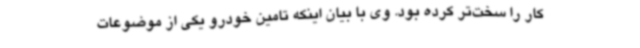
کار را سخت‌تر کرده بود. وی با بیان اینکه تامین خودرو یکی از موضوعات